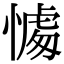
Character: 𢟶